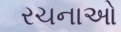
રચનાઓ